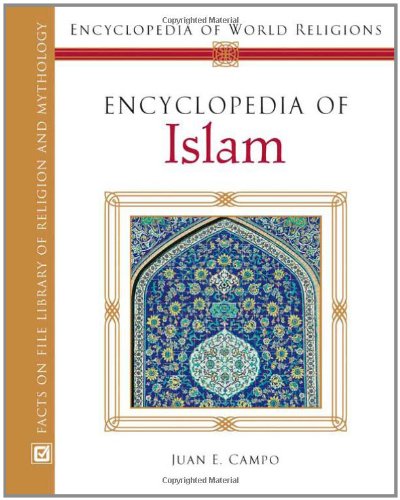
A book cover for Encyclopedia of Islam (Encyclopedia of World Religions); Juan Eduardo Campo; Teen & Young Adult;